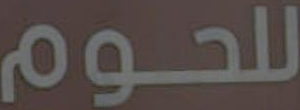
للحوم